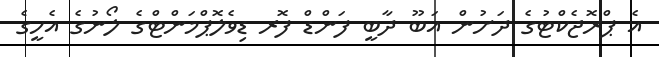
އެ ޕްރޮޖެކްޓުގެ ދަށުން އަބޫ ދާބީ ފަންޑް ފޮރ ޑިވެލޮޕްމަންޓްގެ ލޯނުގެ އެހީގެ